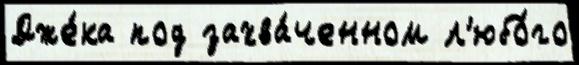
Дже́ка под захва́ченном л'юбо́го